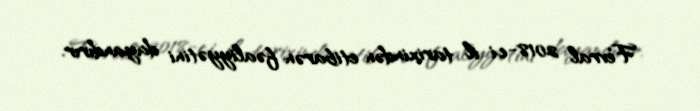
Fevral 2018-ci il tarixindən etibarən fəaliyyətini dayandırır.